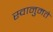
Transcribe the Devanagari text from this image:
स्वानुमते